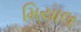
મિયાલ